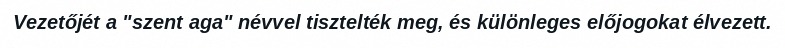
Vezetőjét a "szent aga" névvel tisztelték meg, és különleges előjogokat élvezett.